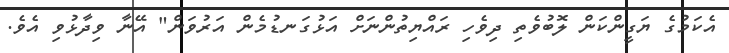
އެކަމުގެ ޔަގީންކަން ލޮބުވެތި ދިވެހި ރައްޔިތުންނަށް އަޅުގަނޑުމެން އަރުވަން" އޭނާ ވިދާޅުވި އެވެ.